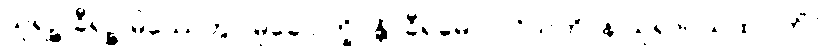
သုရဉ္စ ခီရဉ္စ မိဿေတွာ မုခေ ပက္ခိပန္တိ, ခီရမေဝ ပဝိသတိ, န သုရာ။ ယထာ ကိံ?